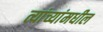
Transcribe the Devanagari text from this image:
त्यांच्यांमधील